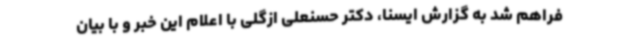
فراهم شد به گزارش ایسنا، دکتر حسنعلی ازگلی با اعلام این خبر و با بیان